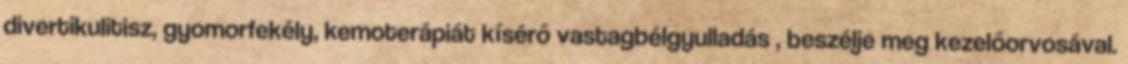
divertikulitisz, gyomorfekély, kemoterápiát kísérő vastagbélgyulladás , beszélje meg kezelőorvosával.